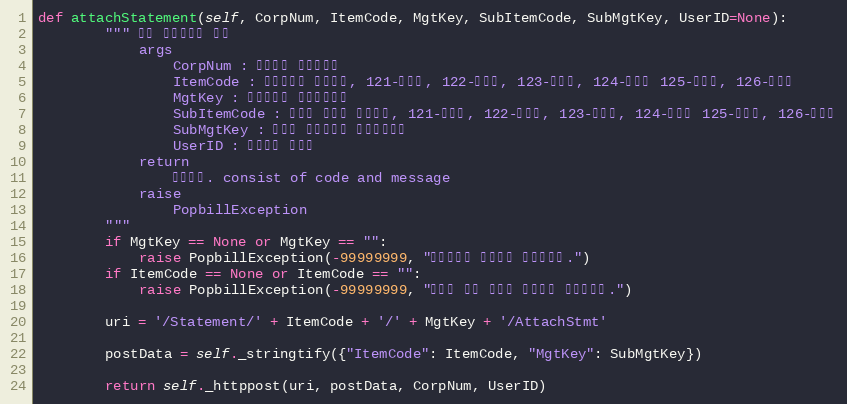
Language: Python
def attachStatement(self, CorpNum, ItemCode, MgtKey, SubItemCode, SubMgtKey, UserID=None):
        """ 다른 전자명세서 첨부
            args
                CorpNum : 팝빌회원 사업자번호
                ItemCode : 전자명세서 종류코드, 121-명세서, 122-청구서, 123-견적서, 124-발주서 125-입금표, 126-영수증
                MgtKey : 전자명세서 문서관리번호
                SubItemCode : 첨부할 명세서 종류코드, 121-명세서, 122-청구서, 123-견적서, 124-발주서 125-입금표, 126-영수증
                SubMgtKey : 첨부할 전자명세서 문서관리번호
                UserID : 팝빌회원 아이디
            return
                처리결과. consist of code and message
            raise
                PopbillException
        """
        if MgtKey == None or MgtKey == "":
            raise PopbillException(-99999999, "관리번호가 입력되지 않았습니다.")
        if ItemCode == None or ItemCode == "":
            raise PopbillException(-99999999, "명세서 종류 코드가 입력되지 않았습니다.")

        uri = '/Statement/' + ItemCode + '/' + MgtKey + '/AttachStmt'

        postData = self._stringtify({"ItemCode": ItemCode, "MgtKey": SubMgtKey})

        return self._httppost(uri, postData, CorpNum, UserID)